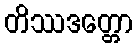
တိဿဒတ္တော